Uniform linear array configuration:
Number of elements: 8
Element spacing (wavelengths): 0.75
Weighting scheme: hann
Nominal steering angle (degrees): -60
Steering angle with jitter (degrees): -61.111
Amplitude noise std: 0.05
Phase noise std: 0.05

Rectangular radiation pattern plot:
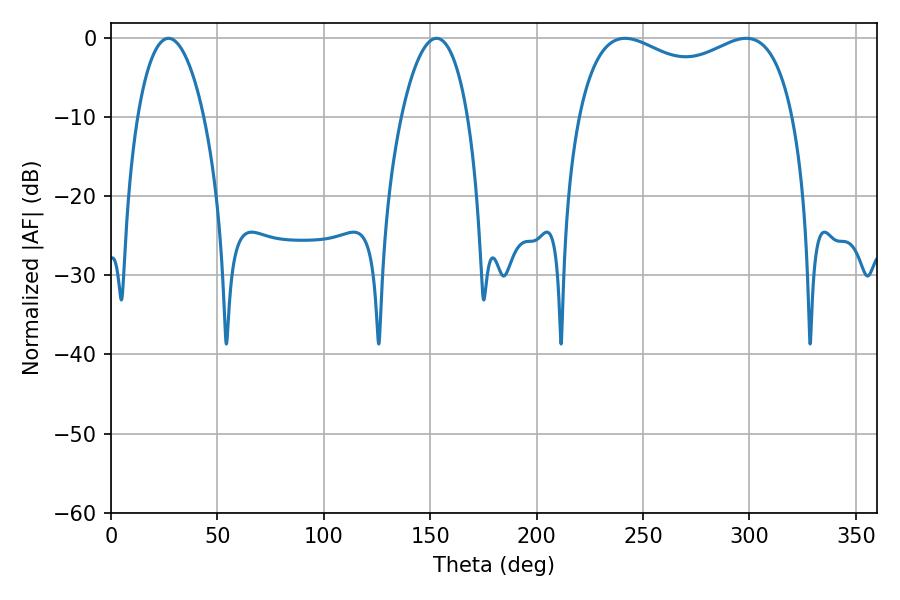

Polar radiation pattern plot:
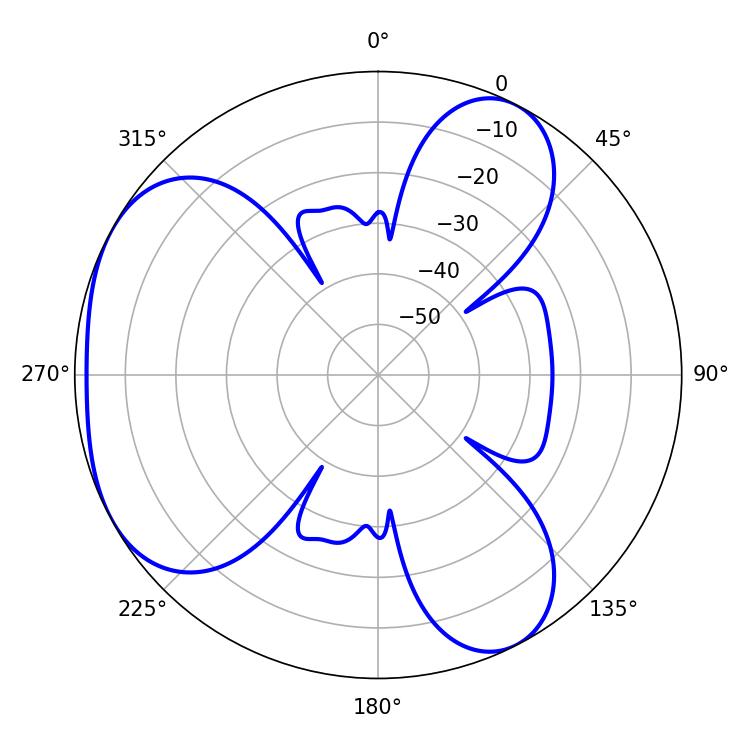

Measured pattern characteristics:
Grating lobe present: TRUE
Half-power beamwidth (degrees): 83.88
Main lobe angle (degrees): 241.56